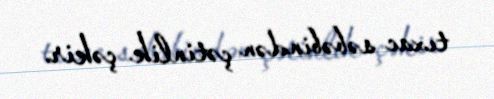
tıxac səbəbindən çətinlik çəkir.